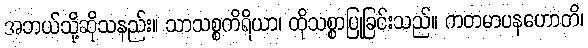
အဘယ်သို့ဆိုသနည်း။ သာသစ္စကိရိယာ၊ ထိုသစ္စာပြုခြင်းသည်။ ကတမာပနဟောတိ၊